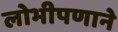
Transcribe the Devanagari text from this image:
लोभीपणाने